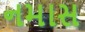
નમાસ